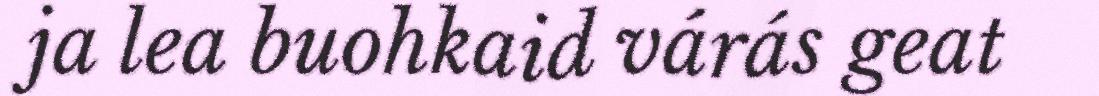
ja lea buohkaid várás geat